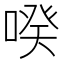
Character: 𱓩